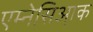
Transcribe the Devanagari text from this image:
एम्नेसिआ़क